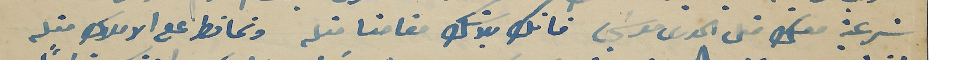
شرعية معك متل الحورى موسَي فانك بلا شك مقامنا متله وتحافظ على الاملاك متله